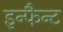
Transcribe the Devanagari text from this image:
इन्फैन्ट